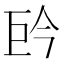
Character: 𭘈